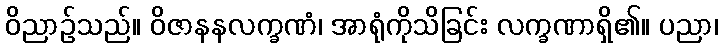
ဝိညာဉ်သည်။ ဝိဇာနနလက္ခဏံ၊ အာရုံကိုသိခြင်း လက္ခဏာရှိ၏။ ပညာ၊